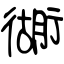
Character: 衚